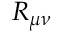
R _ { \mu \nu }